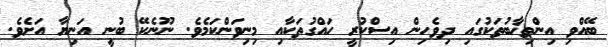
ބޭއްވި އިންތިޚާބުތަކުގައި ދިވެހިން އިސްކުރީ ހައްގުތަކާއި މިނިވަންކަމެވެ. ނޫނެކޭ ބުނީި އަނިޔާ އަށެވެ.